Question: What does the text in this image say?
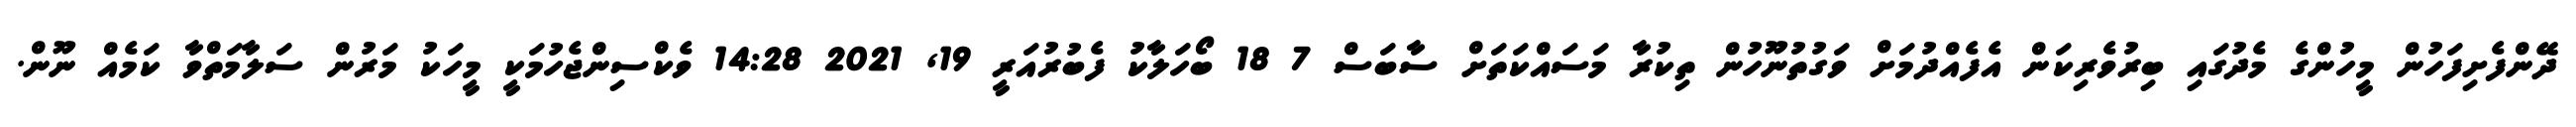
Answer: ދޭންފެށިފަހުން މީހުންގެ މެދުގައި ބިރުވެރިކަން އެފެއްދުމަށް ވަގުތުނޫހުން ތިކުރާ މަސައްކަތަށް ސާބަސް 7 18 ބޯހަލާކު ފެބުރުއަރީ 19, 2021 14:28 ވެކްސިންޖެހުމަކީ މީހަކު މަރުން ސަލާމަތްވާ ކަމެއް ނޫން.